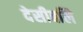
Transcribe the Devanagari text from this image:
देसीबलि